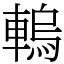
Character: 䡧